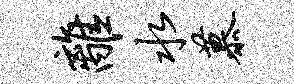
离水慕